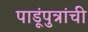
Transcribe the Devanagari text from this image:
पाडूंपुत्रांची